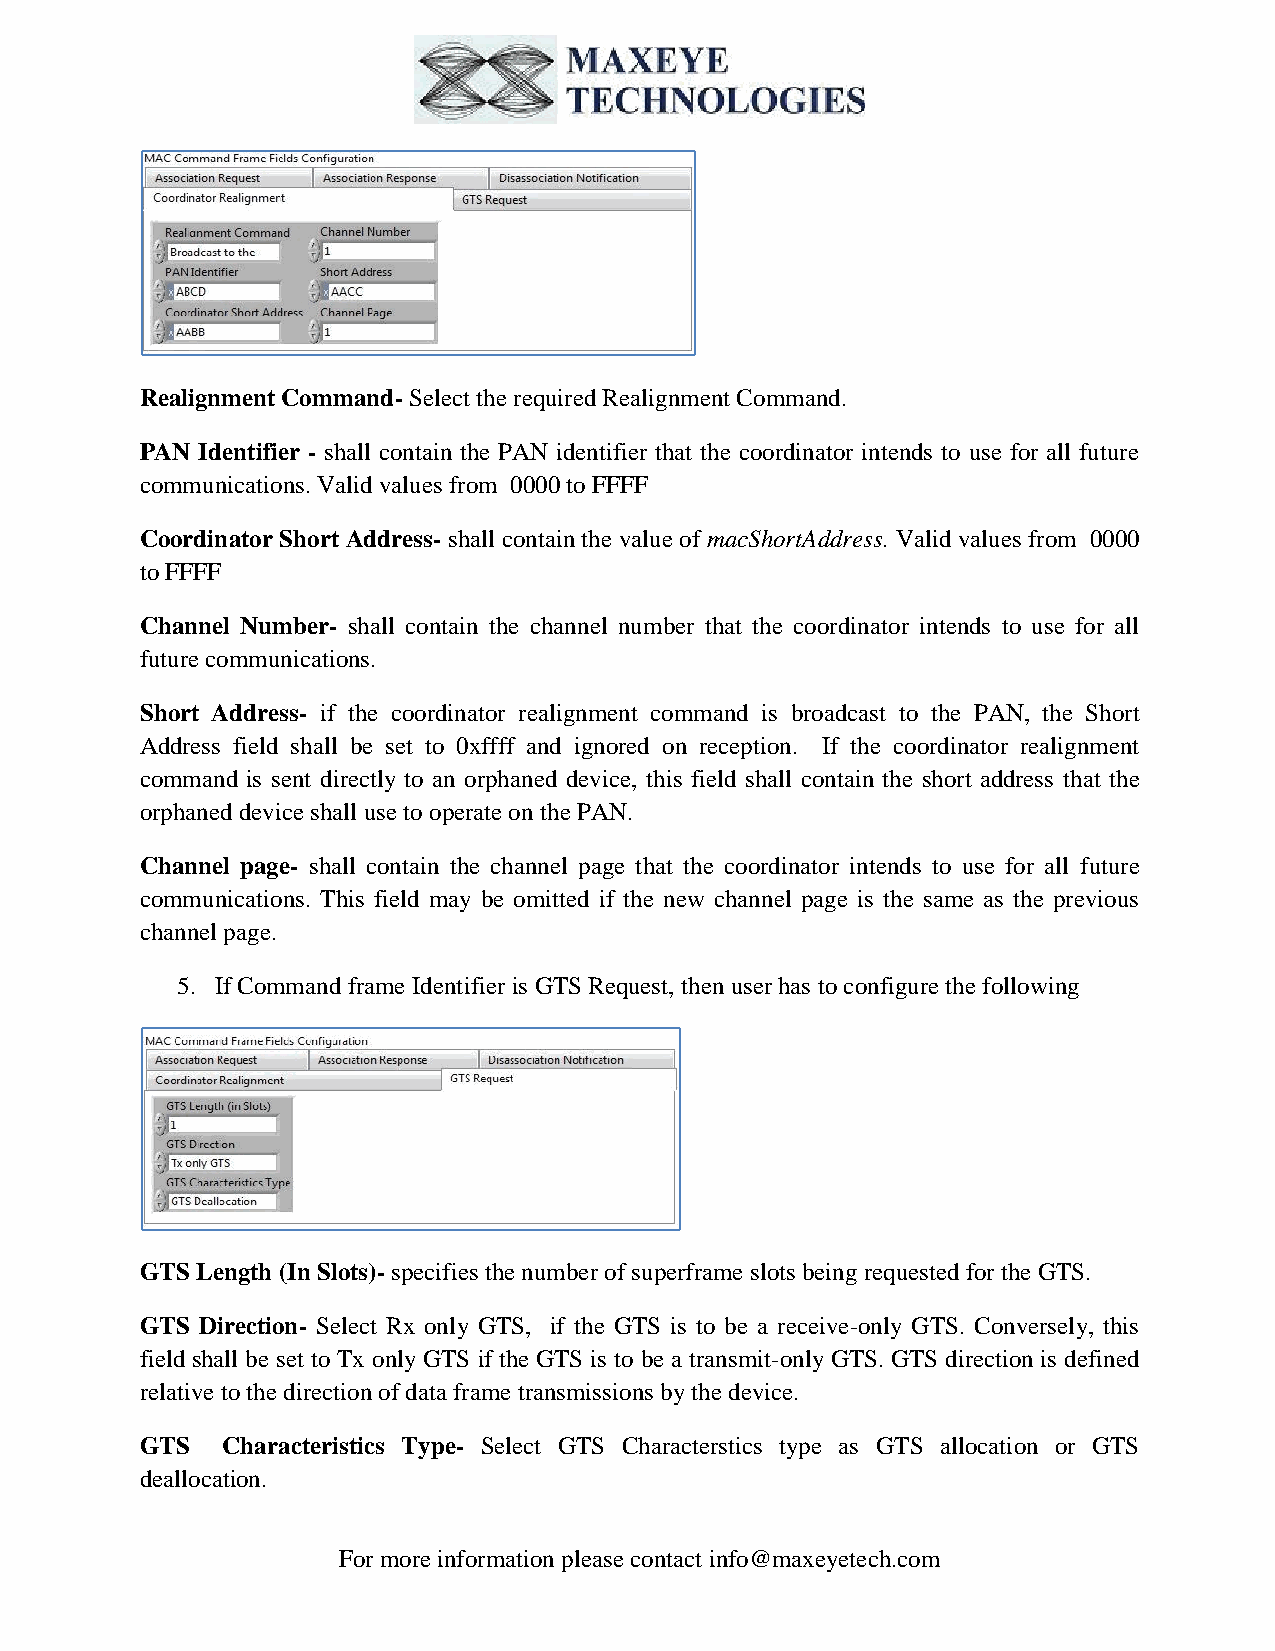
Realignment Command- Select the required Realignment Command.
 PAN Identifier - shall contain the PAN identifier that the coordinator intends to use for all future
 communications. Valid values from 0000 to FFFF
 Coordinator Short Address- shall contain the value of macShortAddress. Valid values from 0000
 to FFFF
 Channel Number- shall contain the channel number that the coordinator intends to use for all
 future communications.
 Short Address- if the coordinator realignment command is broadcast to the PAN, the Short
 Address field shall be set to 0xffff and ignored on reception. If the coordinator realignment
 command is sent directly to an orphaned device, this field shall contain the short address that the
 orphaned device shall use to operate on the PAN.
 Channel page- shall contain the channel page that the coordinator intends to use for all future
 communications. This field may be omitted if the new channel page is the same as the previous
 channel page.
 5. If Command frame Identifier is GTS Request, then user has to configure the following
 GTS Length (In Slots)- specifies the number of superframe slots being requested for the GTS.
 GTS Direction- Select Rx only GTS, if the GTS is to be a receive-only GTS. Conversely, this
 field shall be set to Tx only GTS if the GTS is to be a transmit-only GTS. GTS direction is defined
 relative to the direction of data frame transmissions by the device.
 GTS   Characteristics Type- Select GTS Characterstics type as GTS allocation or GTS
 deallocation.
 For more information please contact info@maxeyetech.com